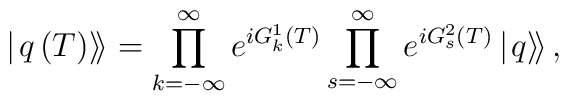
\left| \left. q\left( T\right) \right\rangle \hspace{-0.03in}\right\rangle=\prod_{k=-\infty }^{\infty }e^{iG_{k}^{1}\left( T\right) }\prod_{s=-\infty}^{\infty }e^{iG_{s}^{2}\left( T\right) }\left| \left. q\right\rangle \hspace{-0.03in}\right\rangle ,